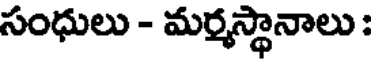
సంధులు - మర్మస్థానాలు :